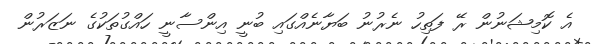
އެ ކޮމިޝަނުން ރޭ ފަތިހު ނެރުނު ބަޔާނެއްގައި ބުނީ އިންސާނީ ހައްގުތަކުގެ ނަޒަރުން